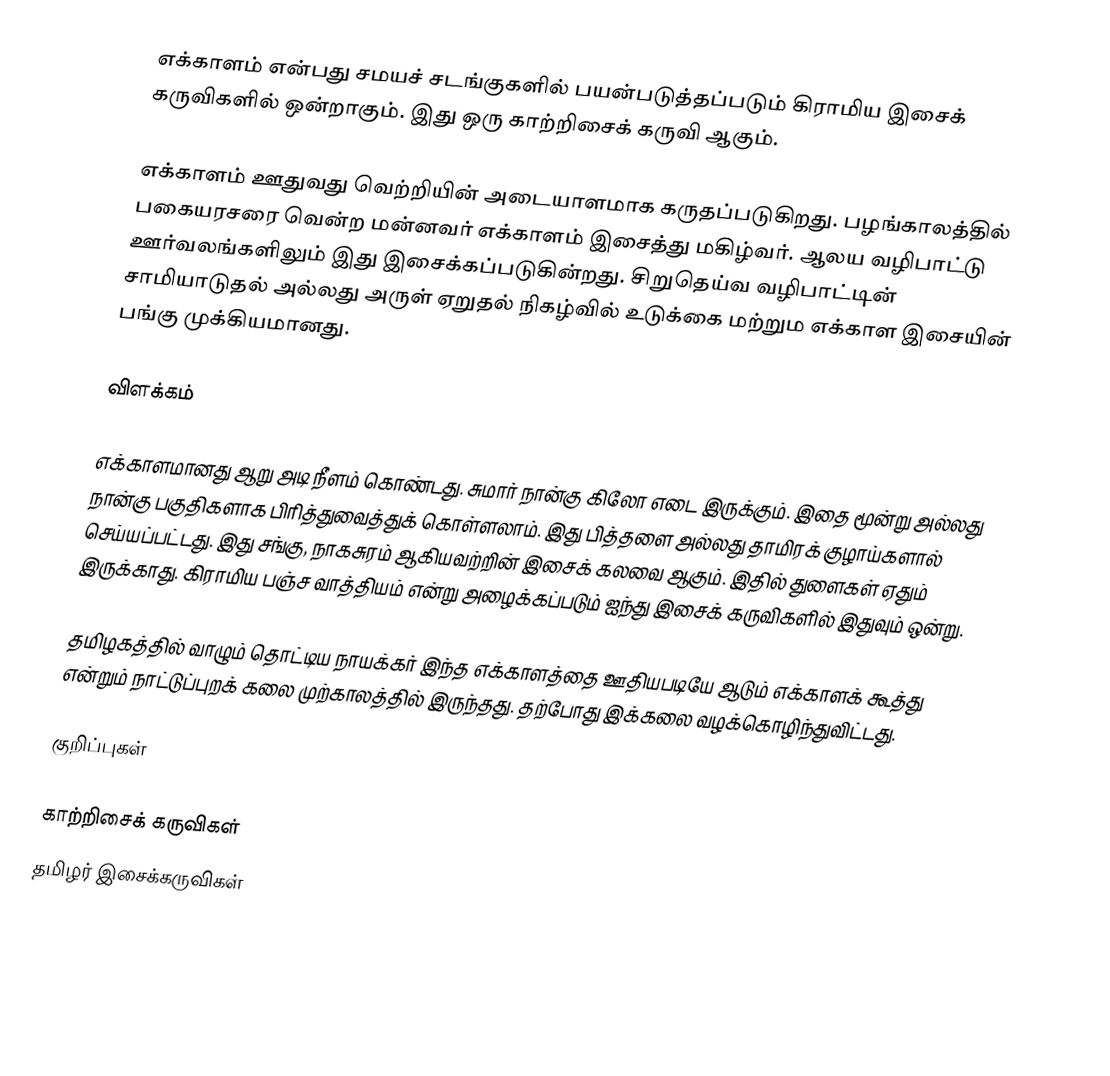
எக்காளம் என்பது சமயச் சடங்குகளில் பயன்படுத்தப்படும் கிராமிய இசைக் கருவிகளில் ஒன்றாகும். இது ஒரு காற்றிசைக் கருவி ஆகும்.

எக்காளம் ஊதுவது வெற்றியின் அடையாளமாக கருதப்படுகிறது. பழங்காலத்தில் பகையரசரை வென்ற மன்னவர் எக்காளம் இசைத்து மகிழ்வர். ஆலய வழிபாட்டு ஊர்வலங்களிலும் இது இசைக்கப்படுகின்றது. சிறுதெய்வ வழிபாட்டின் சாமியாடுதல் அல்லது அருள் ஏறுதல் நிகழ்வில் உடுக்கை மற்றும எக்காள இசையின் பங்கு முக்கியமானது.

விளக்கம்

எக்காளமானது ஆறு அடி நீளம் கொண்டது. சுமார் நான்கு கிலோ எடை இருக்கும். இதை மூன்று அல்லது நான்கு பகுதிகளாக பிரித்துவைத்துக் கொள்ளலாம்.  இது பித்தளை அல்லது தாமிரக் குழாய்களால் செய்யப்பட்டது. இது சங்கு, நாகசுரம் ஆகியவற்றின் இசைக் கலவை ஆகும். இதில் துளைகள் ஏதும் இருக்காது. கிராமிய பஞ்ச வாத்தியம் என்று அழைக்கப்படும் ஐந்து இசைக் கருவிகளில் இதுவும் ஒன்று.

தமிழகத்தில் வாழும் தொட்டிய நாயக்கர் இந்த எக்காளத்தை ஊதியபடியே ஆடும் எக்காளக் கூத்து என்றும் நாட்டுப்புறக் கலை முற்காலத்தில் இருந்தது. தற்போது இக்கலை வழக்கொழிந்துவிட்டது.

குறிப்புகள்

காற்றிசைக் கருவிகள்
தமிழர் இசைக்கருவிகள்